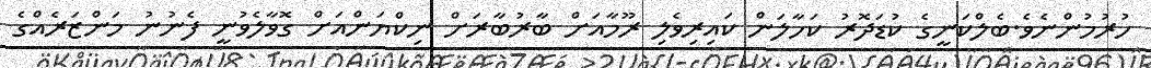
ހުރުމުންނެވެ.ބެލްކަނީގެ ކުޑަދޮރު ކަހާލަން ކައިރިވެލި ރޫމާއަށް ބާރުބާރަށް ނިކްޔަންއަށް ގޮވާލެވުނީ ފެނުނު މަންޒަރެއްގެ